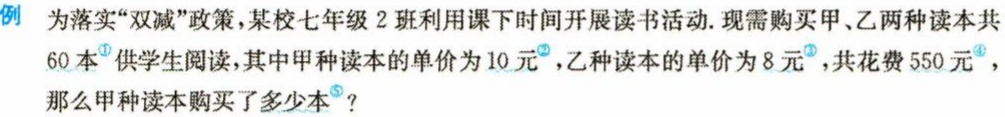
例 为落实“双减”政策，某校七年级 2 班利用课下时间开展读书活动. 现需购买甲、乙两种读本共$60$本$^{\circled{1}}$供学生阅读，其中甲种读本的单价为$10$元$^{\circled{2}}$，乙种读本的单价为$8$元$^{\circled{3}}$，共花费$550$元$^{\circled{4}}$，那么甲种读本购买了多少本$^{\circled{5}}$？